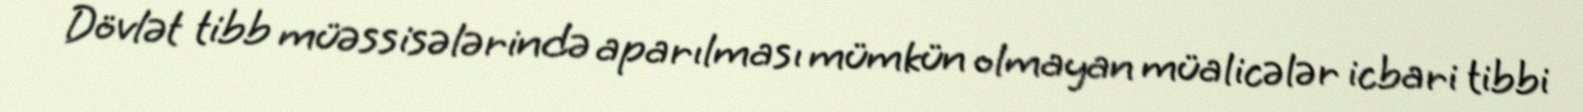
Dövlət tibb müəssisələrində aparılması mümkün olmayan müalicələr icbari tibbi